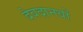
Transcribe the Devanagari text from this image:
देवदानवों